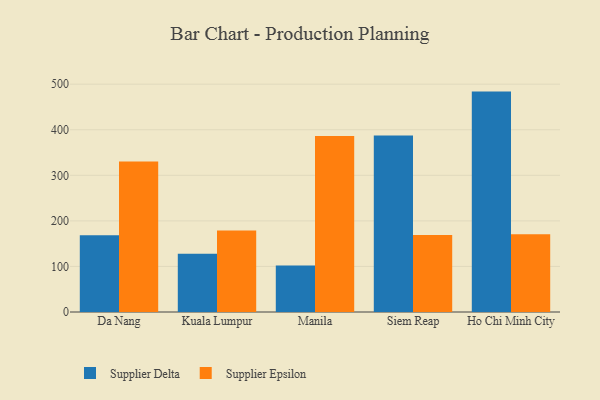
{"axis": {"x": "City", "y": "Waste Production (Tons)"}, "legend": ["Supplier Delta", "Supplier Epsilon"], "data": [{"x": "Da Nang", "y": 168.4, "type": "Supplier Delta"}, {"x": "Da Nang", "y": 330.1, "type": "Supplier Epsilon"}, {"x": "Kuala Lumpur", "y": 127.8, "type": "Supplier Delta"}, {"x": "Kuala Lumpur", "y": 179.1, "type": "Supplier Epsilon"}, {"x": "Manila", "y": 102.3, "type": "Supplier Delta"}, {"x": "Manila", "y": 386.1, "type": "Supplier Epsilon"}, {"x": "Siem Reap", "y": 387.1, "type": "Supplier Delta"}, {"x": "Siem Reap", "y": 169.1, "type": "Supplier Epsilon"}, {"x": "Ho Chi Minh City", "y": 483.7, "type": "Supplier Delta"}, {"x": "Ho Chi Minh City", "y": 170.6, "type": "Supplier Epsilon"}]}